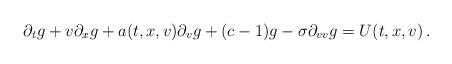
LaTeX: \begin{align*}\partial_t g +v \partial_x g + a(t,x,v) \partial_v g+(c-1) g - \sigma \partial_{vv}g = U(t,x,v)\,.\end{align*}